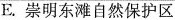
E.崇明东滩自然保护区